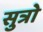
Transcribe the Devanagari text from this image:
सुत्रो